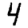
Digit: 4